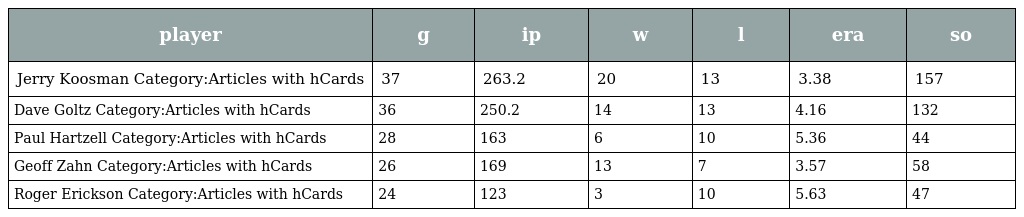
| player | g | ip | w | l | era | so |
 | --- | --- | --- | --- | --- | --- | --- |
 | Jerry Koosman Category:Articles with hCards | 37 | 263.2 | 20 | 13 | 3.38 | 157 |
 | Dave Goltz Category:Articles with hCards | 36 | 250.2 | 14 | 13 | 4.16 | 132 |
 | Paul Hartzell Category:Articles with hCards | 28 | 163 | 6 | 10 | 5.36 | 44 |
 | Geoff Zahn Category:Articles with hCards | 26 | 169 | 13 | 7 | 3.57 | 58 |
 | Roger Erickson Category:Articles with hCards | 24 | 123 | 3 | 10 | 5.63 | 47 |